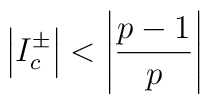
\left| I^{\pm }_{c}\right| <\left| \displaystyle\frac{p-1}{p}\right|